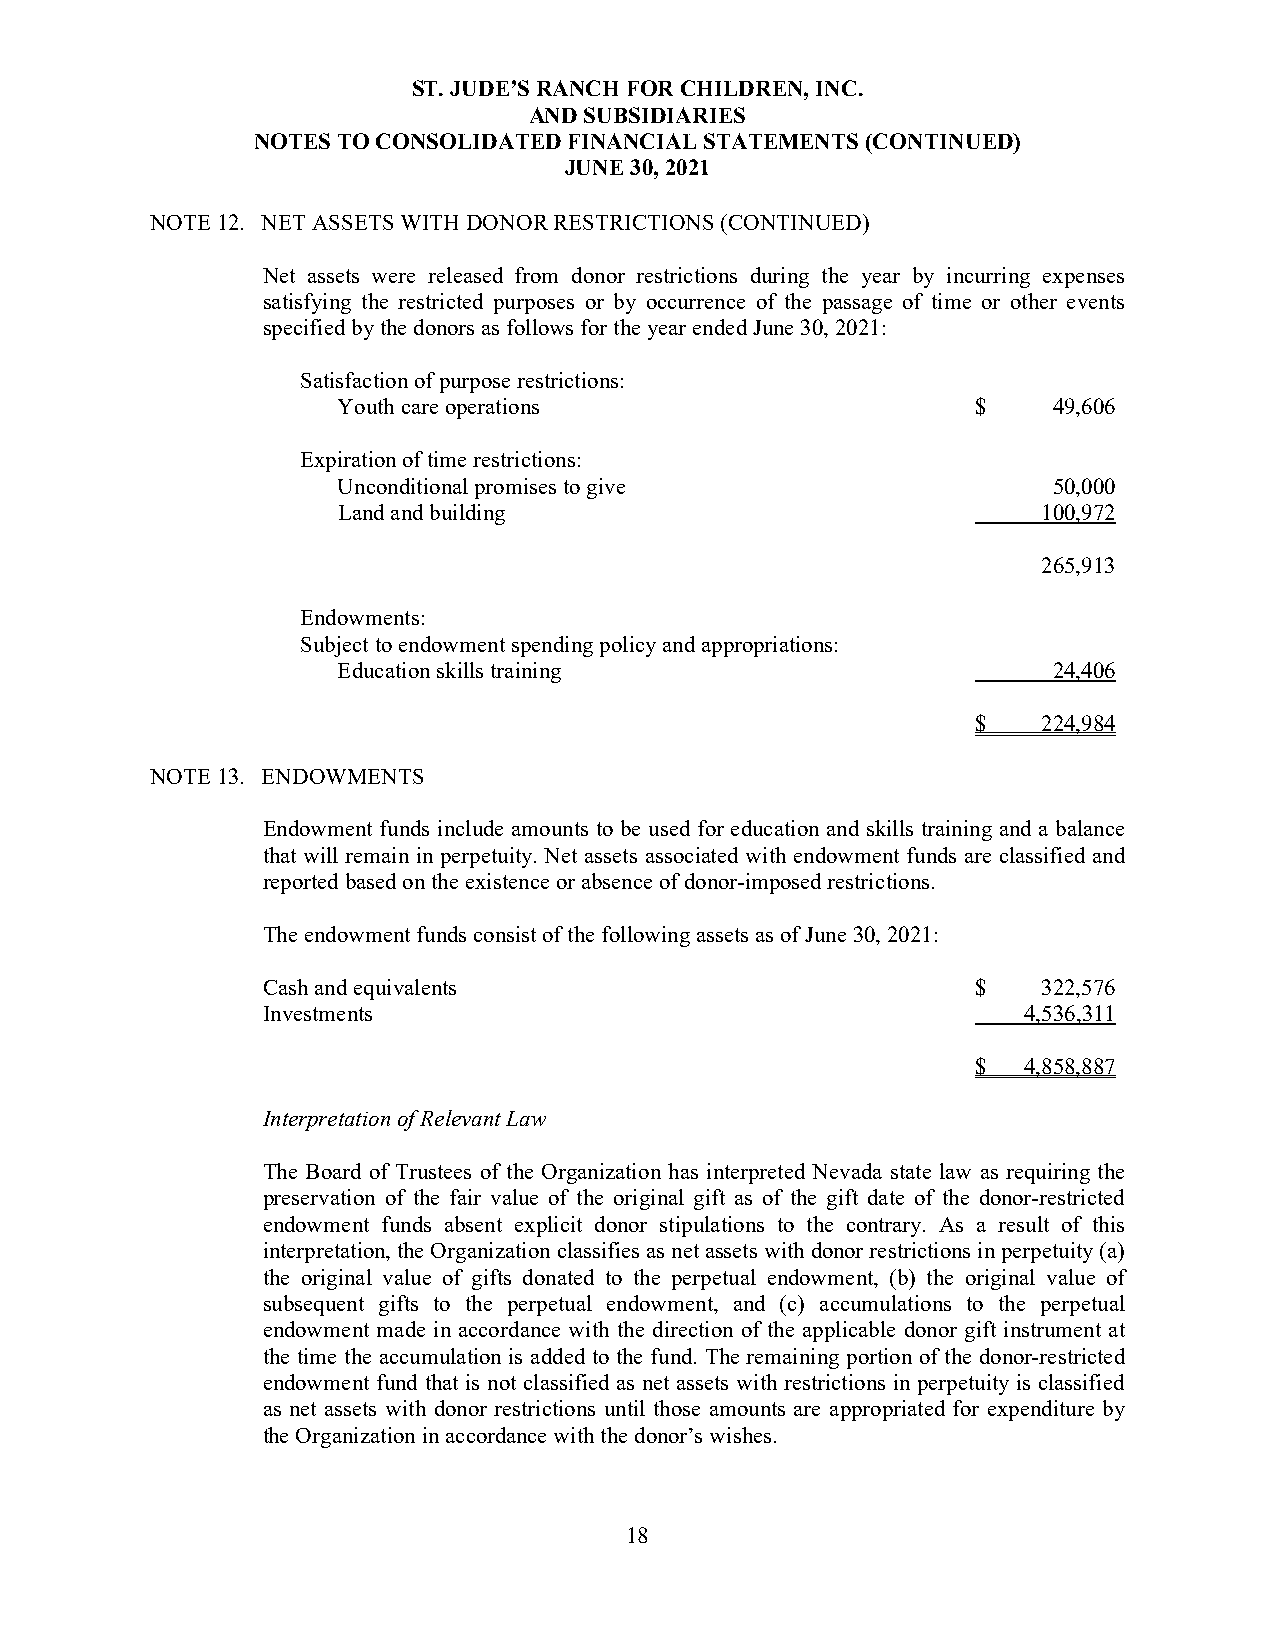
ST. JUDE’S RANCH FOR CHILDREN, INC.
 AND SUBSIDIARIES
 NOTES TO CONSOLIDATED FINANCIAL STATEMENTS (CONTINUED)
 JUNE 30, 2021
 NOTE 12. NET ASSETS WITH DONOR RESTRICTIONS (CONTINUED)
 Net assets were released from donor restrictions during the year by incurring expenses
 satisfying the restricted purposes or by occurrence of the passage of time or other events
 specified by the donors as follows for the year ended June 30, 2021:
 Satisfaction of purpose restrictions:
 Youth care operations                      $    49,606
 Expiration of time restrictions:
 Unconditional promises to give                  50,000
 Land and building                              100,972
 265,913
 Endowments:
 Subject to endowment spending policy and appropriations:
 Education skills training                       24,406
 $   224,984
 NOTE 13. ENDOWMENTS
 Endowment funds include amounts to be used for education and skills training and a balance
 that will remain in perpetuity. Net assets associated with endowment funds are classified and
 reported based on the existence or absence of donor-imposed restrictions.
 The endowment funds consist of the following assets as of June 30, 2021:
 Cash and equivalents                            $   322,576
 Investments                                        4,536,311
 $  4,858,887
 Interpretation of Relevant Law
 The Board of Trustees of the Organization has interpreted Nevada state law as requiring the
 preservation of the fair value of the original gift as of the gift date of the donor-restricted
 endowment funds absent explicit donor stipulations to the contrary. As a result of this
 interpretation, the Organization classifies as net assets with donor restrictions in perpetuity (a)
 the original value of gifts donated to the perpetual endowment, (b) the original value of
 subsequent gifts to the perpetual endowment, and (c) accumulations to the perpetual
 endowment made in accordance with the direction of the applicable donor gift instrument at
 the time the accumulation is added to the fund. The remaining portion of the donor-restricted
 endowment fund that is not classified as net assets with restrictions in perpetuity is classified
 as net assets with donor restrictions until those amounts are appropriated for expenditure by
 the Organization in accordance with the donor’s wishes.
 18